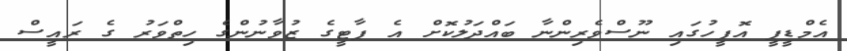
އެމްޑީޕީ އޮފީހުގައި ނޫސްވެރިންނާ ބައްދަލުކޮށް އެ ޕާޓީގެ ޒުވާނުންގެ ހިތްވަރު ގެ ރައީސް